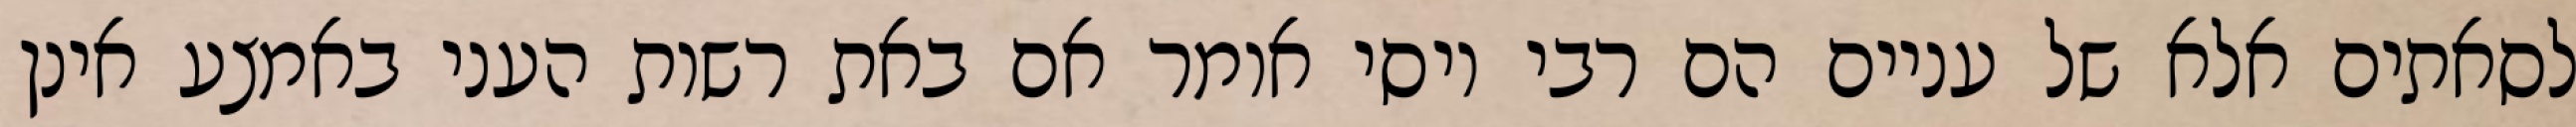
לסאתים אלא של עניים הם רבי יוסי אומר אם באת רשות העני באמצע אינן